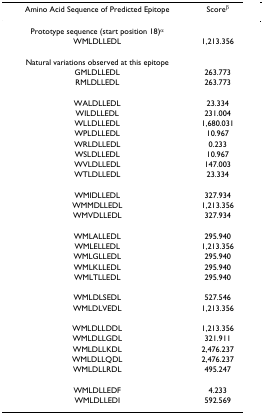
<table><thead><tr><td><b>Amino Acid Sequence of Predicted Epitope</b></td><td><b>Score<sup>β</sup></b></td></tr></thead><tbody><tr><td>Prototype sequence (start position 18)<sup>α</sup></td><td></td></tr><tr><td>WMLDLLEDL</td><td>1,213.356</td></tr><tr><td>Natural variations observed at this epitope</td><td></td></tr><tr><td>GMLDLLEDL</td><td>263.773</td></tr><tr><td>RMLDLLEDL</td><td>263.773</td></tr><tr><td>WALDLLEDL</td><td>23.334</td></tr><tr><td>WILDLLEDL</td><td>231.004</td></tr><tr><td>WLLDLLEDL</td><td>1,680.031</td></tr><tr><td>WPLDLLEDL</td><td>10.967</td></tr><tr><td>WRLDLLEDL</td><td>0.233</td></tr><tr><td>WSLDLLEDL</td><td>10.967</td></tr><tr><td>WVLDLLEDL</td><td>147.003</td></tr><tr><td>WTLDLLEDL</td><td>23.334</td></tr><tr><td>WMIDLLEDL</td><td>327.934</td></tr><tr><td>WMMDLLEDL</td><td>1,213.356</td></tr><tr><td>WMVDLLEDL</td><td>327.934</td></tr><tr><td>WMLALLEDL</td><td>295.940</td></tr><tr><td>WMLELLEDL</td><td>1,213.356</td></tr><tr><td>WMLGLLEDL</td><td>295.940</td></tr><tr><td>WMLKLLEDL</td><td>295.940</td></tr><tr><td>WMLTLLEDL</td><td>295.940</td></tr><tr><td>WMLDLSEDL</td><td>527.546</td></tr><tr><td>WMLDLVEDL</td><td>1,213.356</td></tr><tr><td>WMLDLLDDL</td><td>1,213.356</td></tr><tr><td>WMLDLLGDL</td><td>321.911</td></tr><tr><td>WMLDLLKDL</td><td>2,476.237</td></tr><tr><td>WMLDLLQDL</td><td>2,476.237</td></tr><tr><td>WMLDLLRDL</td><td>495.247</td></tr><tr><td>WMLDLLEDF</td><td>4.233</td></tr><tr><td>WMLDLLEDI</td><td>592.569</td></tr></tbody></table>